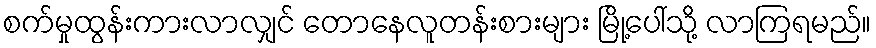
စက်မှုထွန်းကားလာလျှင် တောနေလူတန်းစားများ မြို့ပေါ်သို့ လာကြရမည်။